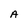
Character: A